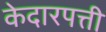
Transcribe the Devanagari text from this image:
केदारपत्ती